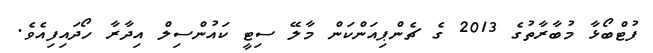
ފުޓްބޯޅާ މުބާރާތުގެ 2013 ގެ ޗެންޕިއަންކަން މާލޭ ސިޓީ ކައުންސިލް އިދާރާ ހޯދައިފިއެވެ.